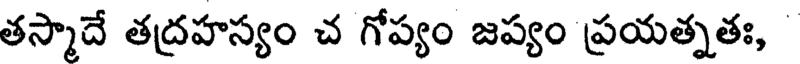
తస్మాదే తద్రహస్యం చ గోప్యం జప్యం ప్రయత్నతః,